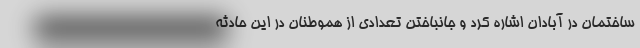
ساختمان در آبادان اشاره کرد و جانباختن تعدادی از هموطنان در این حادثه